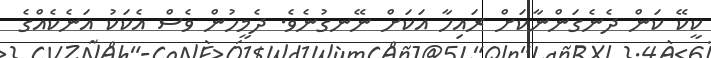
ކީކޭ ކަން ދެނެގަންނާކަށް ރައިހާ އަކަށް ނޭނގުނެވެ. ދެމީހުން ވެސް އެކަކު އަނެކެއްގެ